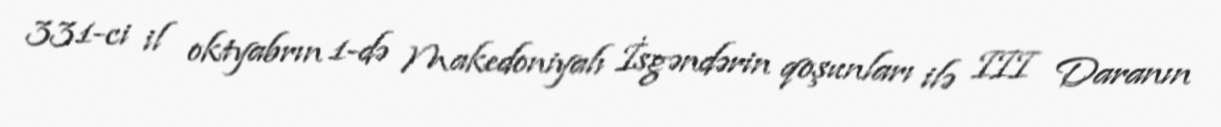
331-ci il oktyabrın 1-də Makedoniyalı İsgəndərin qoşunları ilə III Daranın